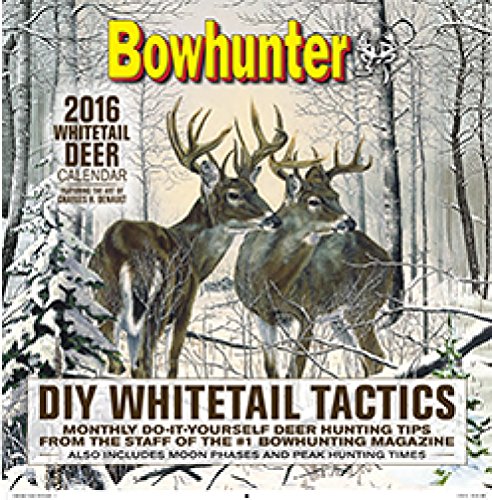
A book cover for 2016 Petersen's Bowhunting Calendar; Petersen's Bowhunting Staff; Sports & Outdoors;